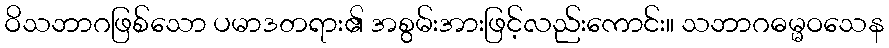
ဝိသဘာဂဖြစ်သော ပမာဒတရား၏ အစွမ်းအားဖြင့်လည်းကောင်း။ သဘာဂဓမ္မဝသေန